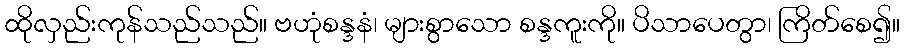
ထိုလှည်းကုန်သည်သည်။ ဗဟုံစန္ဒနံ၊ များစွာသော စန္ဒကူးကို။ ပိသာပေတွာ၊ ကြိတ်စေ၍။